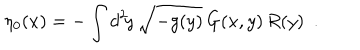
LaTeX: \eta _ { 0 } ( x ) = - \int d ^ { 2 } \! y \, \sqrt { - g ( y ) } \, G ( x , y ) \, R ( y ) \ \ .